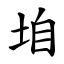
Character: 垍